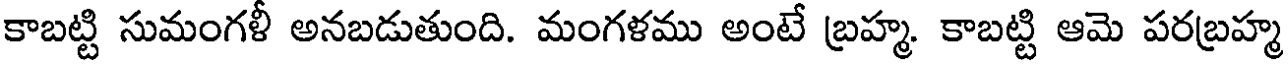
కాబట్టి సుమంగళీ అనబడుతుంది. మంగళము అంటే బ్రహ్మ. కాబట్టి ఆమె పరబ్రహ్మ